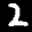
Label: 2